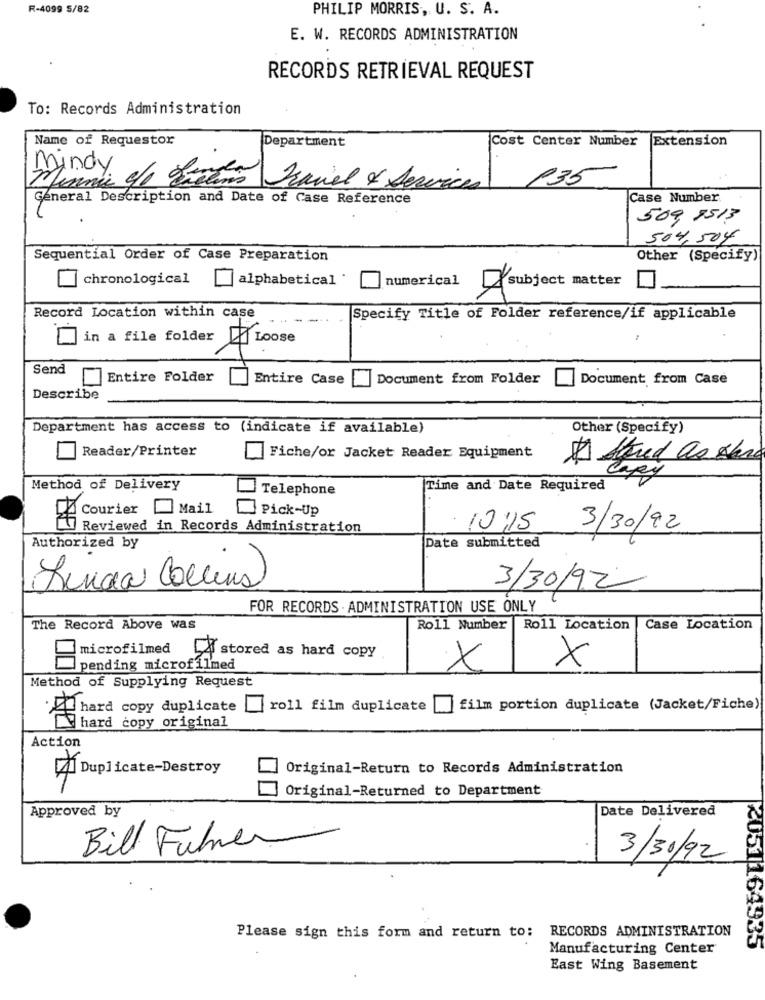
R-4099 5/82
PHILIP MORRIS, U. S. A.
E. W. RECORDS ADMINISTRATION
RECORDS RETRIEVAL REQUEST
To: Records Administration
Name of Requestor
Cost Center Number
Extension
Department
135
mandy e/o Listino Demiel & Services
General Description and Date of Case Reference
Case Number
509 8513
504,504
Sequential Order of Case Preparation
Other (Specify)
chronological
alphabetical
numerical
subject matter
Record Location within case
Specify Title of Folder reference/if applicable
in a file folder Loose
Send
Entire Folder
Entire Case
Document from Folder
Document from Case
Describe
Department has access to (indicate if available)
Other (Specify)
Reader/Printer
Fiche/or Jacket Reader Equipment
Method of Delivery
Telephone
Time and Date Required
Courier
] Mail
Pick-Up
Reviewed in Records Administration
10:15
3/30/92
Authorized by
Date submitted
Ainda Collins)
3/30/92
FOR RECORDS . ADMINISTRATION USE ONLY
The Record Above was
Roll Number | Roll Location
Case Location
microfilmed
I stored as hard copy
X
pending microfilmed
X
Method of Supplying Request
hard copy duplicate
roll film duplicate
film portion duplicate (Jacket/Fiche)
hard copy original
Action
Original-Return to Records Administration
Duplicate-Destroy
Original-Returned to Department
Approved by
Date Delivered
Bill Fuhrer
3/30/92
Please sign this form and return to: RECORDS ADMINISTRATION
Manufacturing Center
₡051164335
East Wing Basement